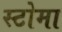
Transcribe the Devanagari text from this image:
स्टोमा